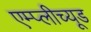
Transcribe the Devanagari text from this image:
एम्प्लीच्यूड